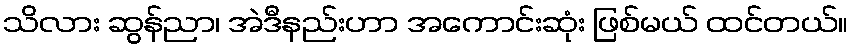
သိလား ဆွန်ညာ၊ အဲဒီနည်းဟာ အကောင်းဆုံး ဖြစ်မယ် ထင်တယ်။